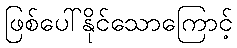
ဖြစ်ပေါ်နိုင်သောကြောင့်